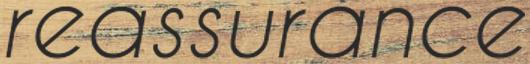
reassurance